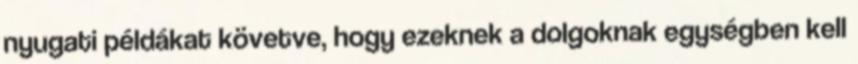
nyugati példákat követve, hogy ezeknek a dolgoknak egységben kell